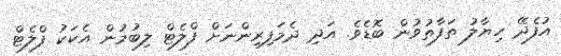
އުފެދޭ ހިޔާލު ތަފާތުވުން ބޮޑެވެ. އަދި ދެމަފިރިންނަށް ފްލެޓް ލިބުމުން އެކަކު ފްލެޓް